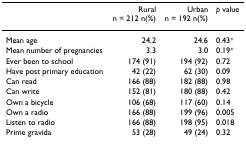
<table><thead><tr><td></td><td><b>Rural n = 212 n(%)</b></td><td><b>Urban n = 192 n(%)</b></td><td><b><i>p </i>value</b></td></tr></thead><tbody><tr><td>Mean age</td><td>24.2</td><td>24.6</td><td>0.43<sup>+</sup></td></tr><tr><td>Mean number of pregnancies</td><td>3.3</td><td>3.0</td><td>0.19<sup>+</sup></td></tr><tr><td>Ever been to school</td><td>174 (91)</td><td>194 (92)</td><td>0.72</td></tr><tr><td>Have post primary education</td><td>42 (22)</td><td>62 (30)</td><td>0.09</td></tr><tr><td>Can read</td><td>166 (88)</td><td>182 (88)</td><td>0.98</td></tr><tr><td>Can write</td><td>152 (81)</td><td>180 (88)</td><td>0.42</td></tr><tr><td>Own a bicycle</td><td>106 (68)</td><td>117 (60)</td><td>0.14</td></tr><tr><td>Own a radio</td><td>166 (88)</td><td>199 (96)</td><td>0.005</td></tr><tr><td>Listen to radio</td><td>166 (88)</td><td>198 (95)</td><td>0.018</td></tr><tr><td>Prime gravida</td><td>53 (28)</td><td>49 (24)</td><td>0.32</td></tr></tbody></table>